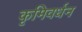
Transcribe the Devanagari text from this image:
कृमिवर्धन